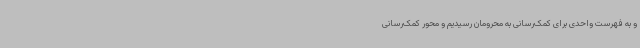
و به فهرست واحدی برای کمک‌رسانی به محرومان رسیدیم و محور کمک‌رسانی